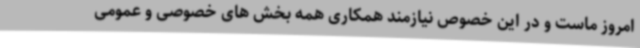
امروز ماست و در این خصوص نیازمند همکاری همه بخش های خصوصی و عمومی